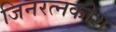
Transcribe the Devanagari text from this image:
जिनरत्नकोश